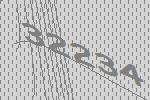
32234